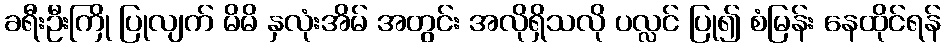
ခရီးဦးကြို ပြုလျက် မိမိ နှလုံးအိမ် အတွင်း အလိုရှိသလို ပလ္လင် ပြု၍ စံမြန်း နေထိုင်ရန်